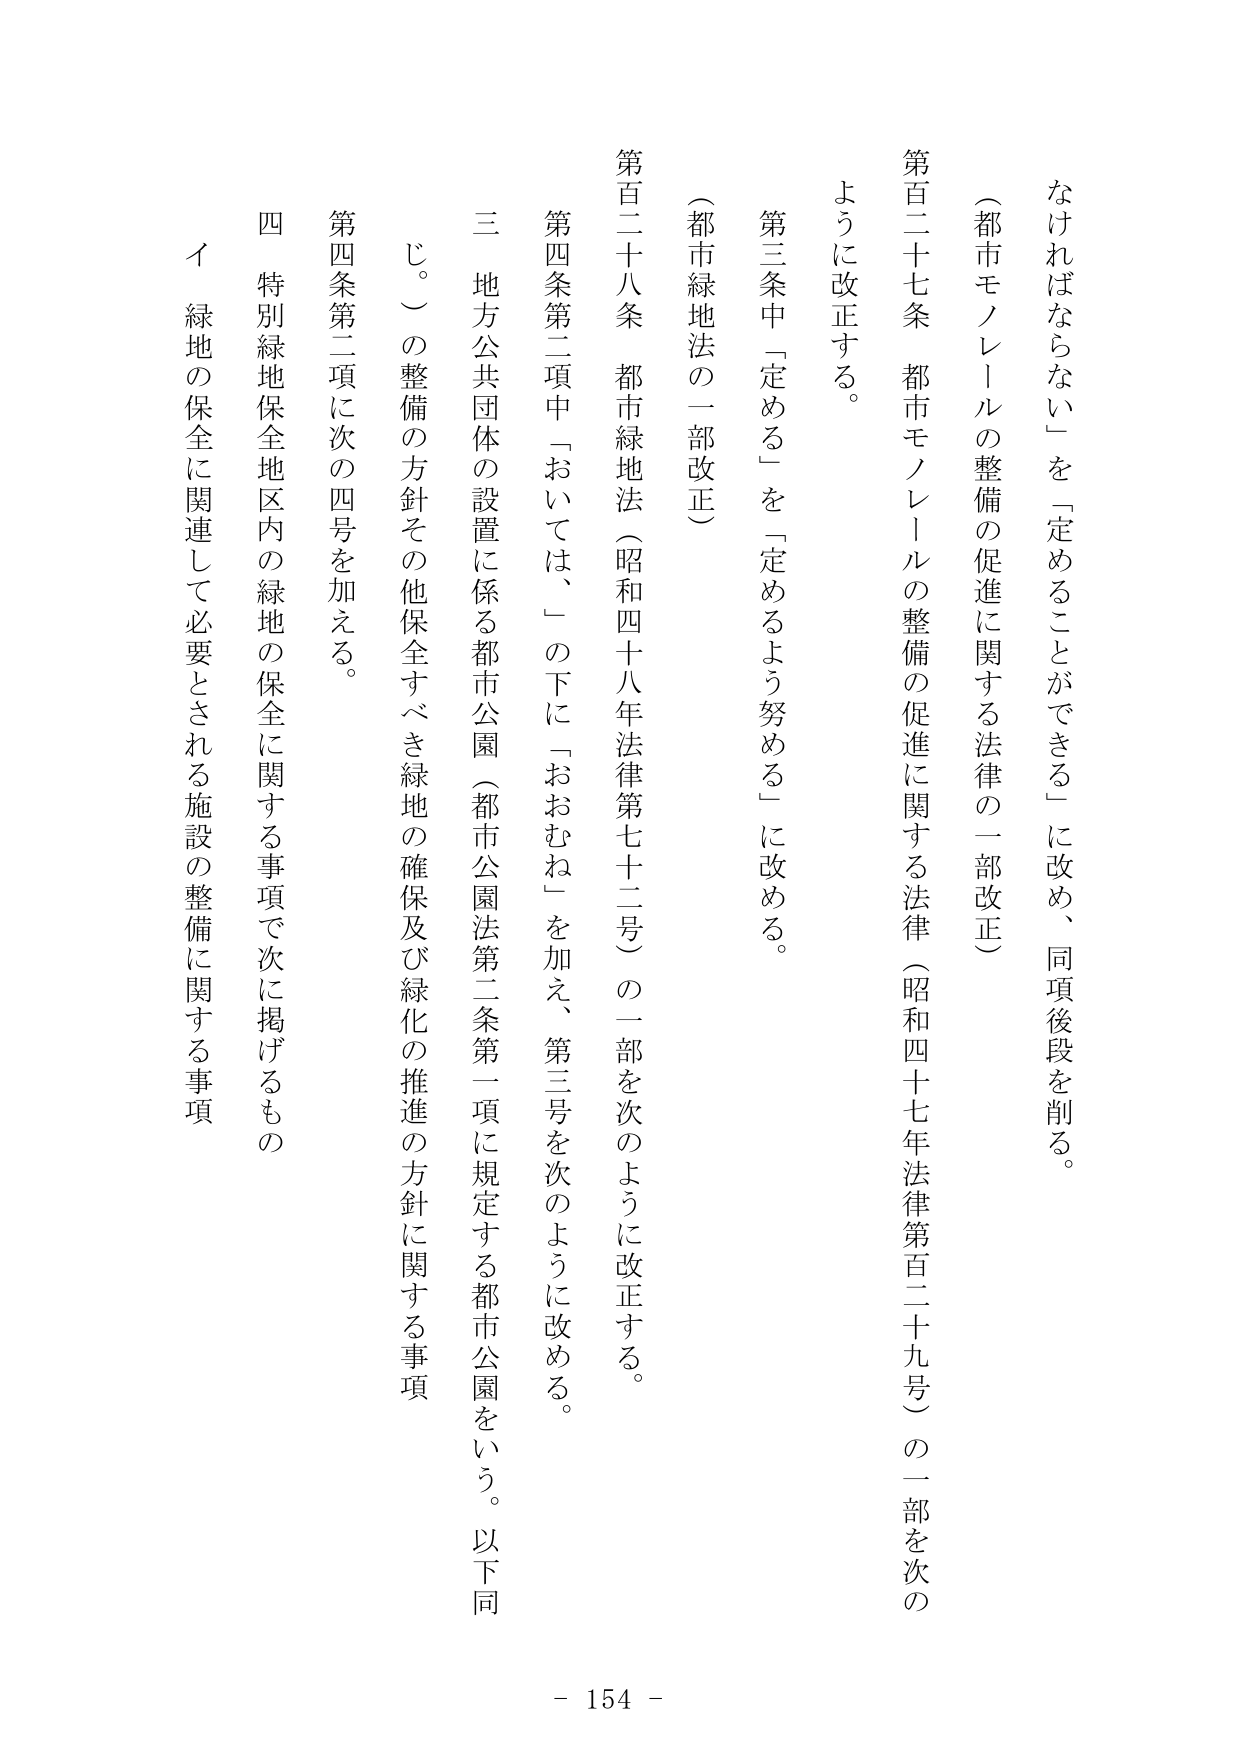
なければならない」を「定めることができる」に改め、同項後段を削る。
（都市モノレールの整備の促進に関する法律の一部改正）
第百二十七条 都市モノレールの整備の促進に関する法律（昭和四十七年法律第百二十九号）の一部を次の
ように改正する。
第三条中「定める」を「定めるよう努める」に改める。
（都市緑地法の一部改正）
第百二十八条 都市緑地法（昭和四十八年法律第七十二号）の一部を次のように改正する。
第四条第二項中「おいては、」の下に「おおむね」を加え、第三号を次のように改める。
三 地方公共団体の設置に係る都市公園（都市公園法第二条第一項に規定する都市公園をいう。以下同
じ。）の整備の方針その他保全すべき緑地の確保及び緑化の推進の方針に関する事項
第四条第二項に次の四号を加える。
四 特別緑地保全地区内の緑地の保全に関する事項で次に掲げるものの
イ 緑地の保全に関連して必要とされる施設の整備に関する事項
- 154 -